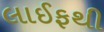
લાઈફથી